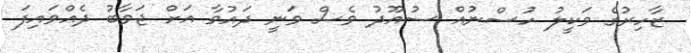
ޒާހިރުގެ ވަކީލު ހުސްނުއް ސުއޫދު ވެސް ވަނީ ދައުވާ އަށް ޖަވާބު ދެއްވައިފަ